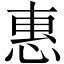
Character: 惠